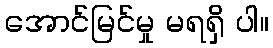
အောင်မြင်မှု မရရှိ ပါ။